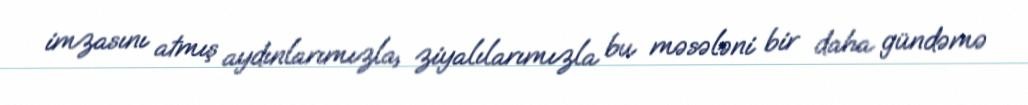
imzasını atmış aydınlarımızla, ziyalılarımızla bu məsələni bir daha gündəmə